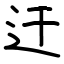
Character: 迀